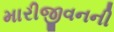
મારીજીવનની